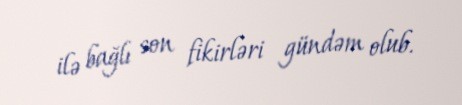
ilə bağlı son fikirləri gündəm olub.